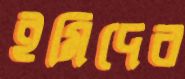
ইমিদের